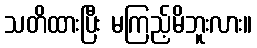
သတိထားပြီး မကြည့်မိဘူးလား။